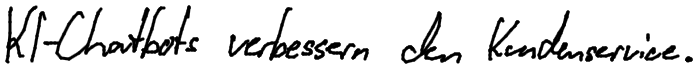
KI-Chatbots verbessern den Kundenservice.